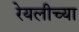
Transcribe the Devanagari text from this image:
रेयलीच्या